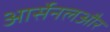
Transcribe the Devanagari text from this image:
आर्सेनलऔर